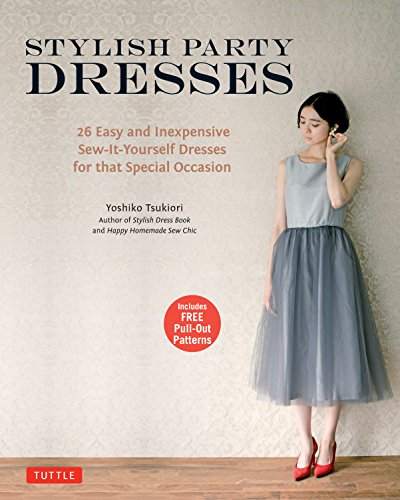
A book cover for Stylish Party Dresses: 26 Easy and Inexpensive Sew-It-Yourself Dresses for that Special Occasion; Yoshiko Tsukiori; Arts & Photography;